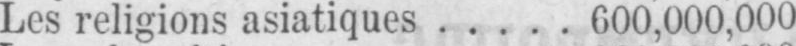
Les religions asiatiques ..... 600,000,000